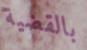
بالقضية